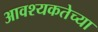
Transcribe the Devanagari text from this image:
आवश्यकतेच्या